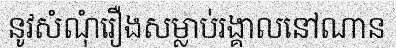
នូវសំណុំរឿងសម្លាប់រង្គាលនៅណាន